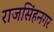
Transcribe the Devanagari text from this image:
राजसिंहनगर